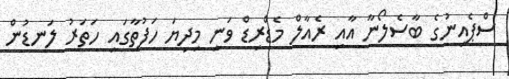
ސްޕެއިނުގެ ބާސެލޯނާ އާއި ރެއާލް މެޑްރިޑް ވަނީ މިދިޔަ ހަފުތާގައި ހަތަރު ލަނޑުން